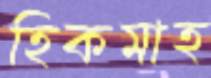
হিকমাহ